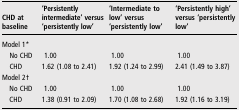
<table><thead><tr><td><b>CHD at baseline</b></td><td><b>‘Persistently intermediate’ versus ‘persistently low’</b></td><td><b>‘Intermediate to low’ versus ‘persistently low’</b></td><td><b>‘Persistently high’ versus ‘persistently low’</b></td></tr></thead><tbody><tr><td colspan="4">Model 1*</td></tr><tr><td> No CHD</td><td>1.00</td><td>1.00</td><td>1.00</td></tr><tr><td> CHD</td><td>1.62 (1.08 to 2.41)</td><td>1.92 (1.24 to 2.99)</td><td>2.41 (1.49 to 3.87)</td></tr><tr><td colspan="4">Model 2†</td></tr><tr><td> No CHD</td><td>1.00</td><td>1.00</td><td>1.00</td></tr><tr><td> CHD</td><td>1.38 (0.91 to 2.09)</td><td>1.70 (1.08 to 2.68)</td><td>1.92 (1.16 to 3.19)</td></tr></tbody></table>